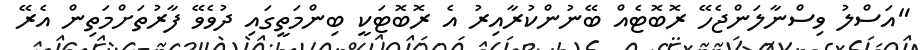
"އަސްލު ވިސްނާލަންޖެހޭ ރޮބޮޓެއް ބޭނުންކުރާއިރު އެ ރޮބޮޓަކީ ބިންމަތީގައި ދުވެވޭ ފާރުތަށްމަތިން އެރޭ